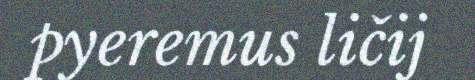
pyeremus ličij